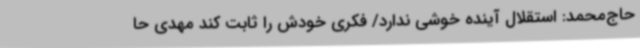
حاج‌محمد: استقلال آینده خوشی ندارد/ فکری خودش را ثابت کند مهدی حا